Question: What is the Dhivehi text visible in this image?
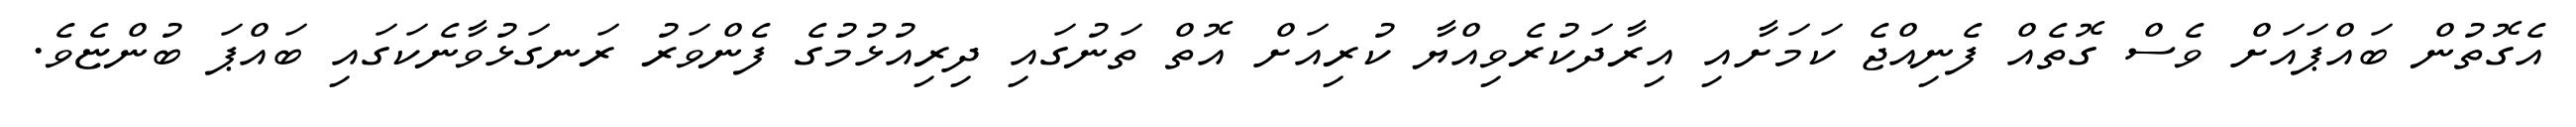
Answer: އެގޮތުން ބައްޕައަށް ވެސް ގޮތެއް ފެނިއްޖެ ކަމަށާއި އިރާދަކުރެވިއްޔާ ކުރިއަށް އޮތް ތަނުގައި ދިރިއުޅުމުގެ ފެންވަރު ރަނގަޅުވާނެކަގައި ބައްޕަ ބުންޏެވެ.